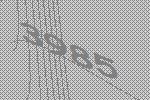
3985